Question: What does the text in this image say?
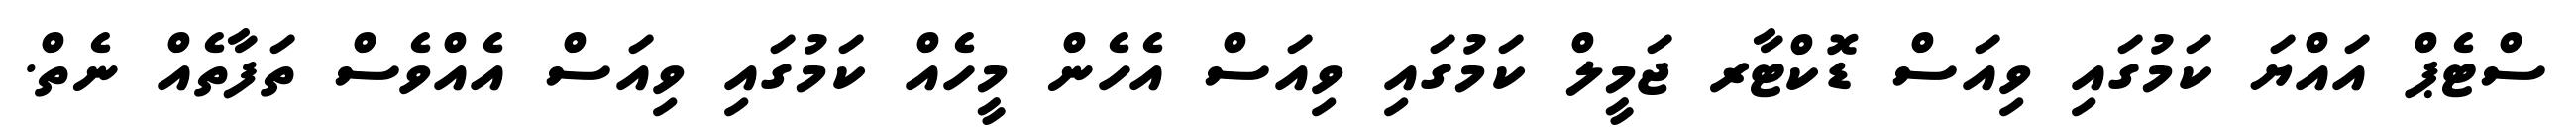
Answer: ސްޓެޕް އައްޔަ ކަމުގައި ވިއަސް ޑޮކްޓާރ ޖަމީލް ކަމުގައި ވިއަސް އެހެން މީހެއް ކަމުގައި ވިއަސް އެއްވެސް ތަފާތެއް ނެތް.